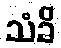
သံခိ